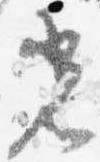
光